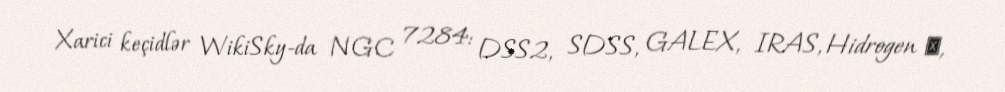
Xarici keçidlər WikiSky-da NGC 7284: DSS2, SDSS, GALEX, IRAS, Hidrogen α,